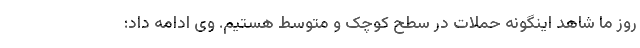
روز ما شاهد اینگونه حملات در سطح کوچک و متوسط هستیم. وی ادامه داد: